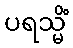
ပရသ္မိံ